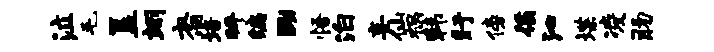
泣毛簋翊裔培拜编黝悟泊妄仙祸韩盱傍徭沁堞凌肠